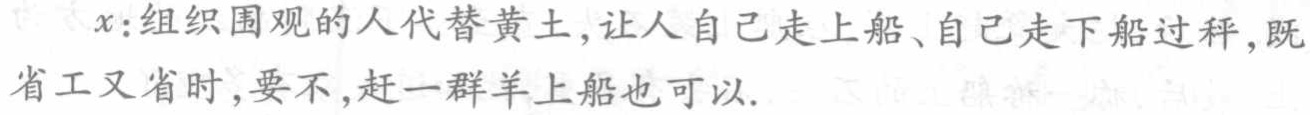
$x:组织围观的人代替黄土,让人自己走上船、自己走下船过秤,既省工又省时,要不,赶一群羊上船也可以.$